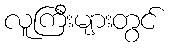
လူကြီးများတွင်